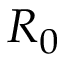
R _ { 0 }